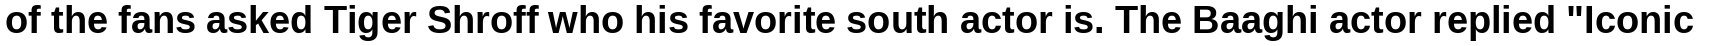
of the fans asked Tiger Shroff who his favorite south actor is. The Baaghi actor replied "Iconic